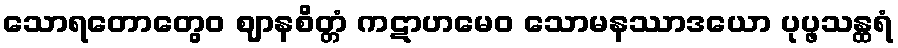
သောရတောတွေဝ ဈာနစိတ္တံ ကဋာဟမေဝ သောမနဿာဒယော ပုပ္ဖသန္ထရံ